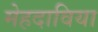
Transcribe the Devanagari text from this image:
मेहदाविया